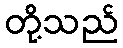
တို့သည်